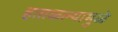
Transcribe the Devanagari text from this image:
हताळल्यामुळे